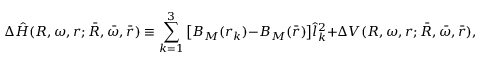
\Delta \hat { H } ( R , \omega , r ; \bar { R } , \bar { \omega } , \bar { r } ) \equiv \sum _ { k = 1 } ^ { 3 } \big [ B _ { M } ( r _ { k } ) - B _ { M } ( \bar { r } ) \big ] \hat { l } _ { k } ^ { 2 } + \Delta V ( R , \omega , r ; \bar { R } , \bar { \omega } , \bar { r } ) ,